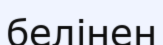
белінен